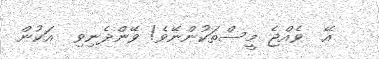
އޭ  ވެއްޖެ މީސްތަކުންނޭވެ! ވޭންދެނިވި  އަކުން